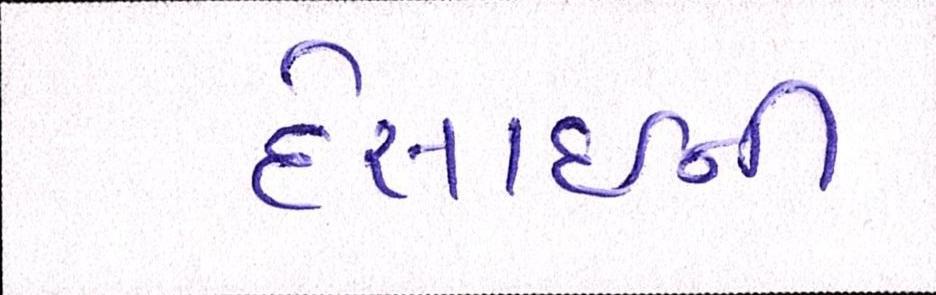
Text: દેસાઇની